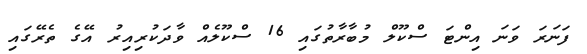
ފަނަރަ ވަނަ އިންޓަ ސްކޫލް މުބާރާތުގައި 16 ސްކޫލެއް ވާދަކުރިއިރު އޭގެ ތެރޭގައި